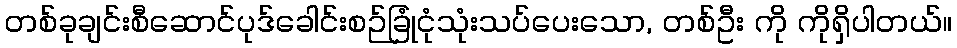
တစ်ခုချင်းစီဆောင်ပုဒ်ခေါင်းစဉ်ခြုံငုံသုံးသပ်ပေးသော, တစ်ဦး ကို ကိုရှိပါတယ်။